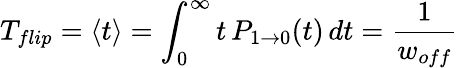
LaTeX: T_{flip}=\langle t\rangle=\int_{0}^{\infty}t\, P_{1\rightarrow 0}(t)\, dt={\frac{1}{w_{off}}}